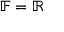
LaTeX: \mathbb { F } = \mathbb { R }